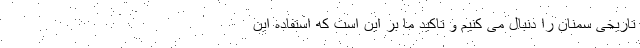
تاریخی سمنان را دنبال می کنیم و تاکید ما بر این است که استفاده این